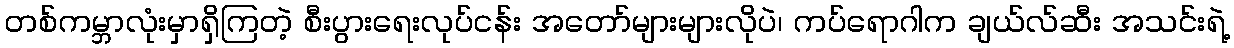
တစ်ကမ္ဘာလုံးမှာရှိကြတဲ့ စီးပွားရေးလုပ်ငန်း အတော်များများလိုပဲ၊ ကပ်ရောဂါက ချယ်လ်ဆီး အသင်းရဲ့